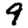
Digit: 9